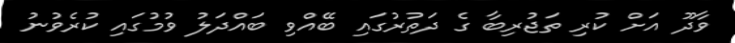
ވާދޫ އަށް ކުރި ތަޖުރިބާ ގެ ދަތުރުގައި ބޭއްވި ބައްދަލު ވުމުގައި ކުރެވުނު